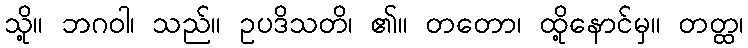
သို့။ ဘဂဝါ၊ သည်။ ဥပဒိသတိ၊ ၏။ တတော၊ ထို့နောင်မှ။ တတ္ထ၊